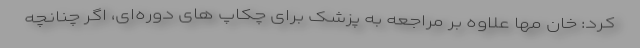
کرد: خان مها علاوه بر مراجعه به پزشک برای چکاپ های دوره‌ای، اگر چنانچه